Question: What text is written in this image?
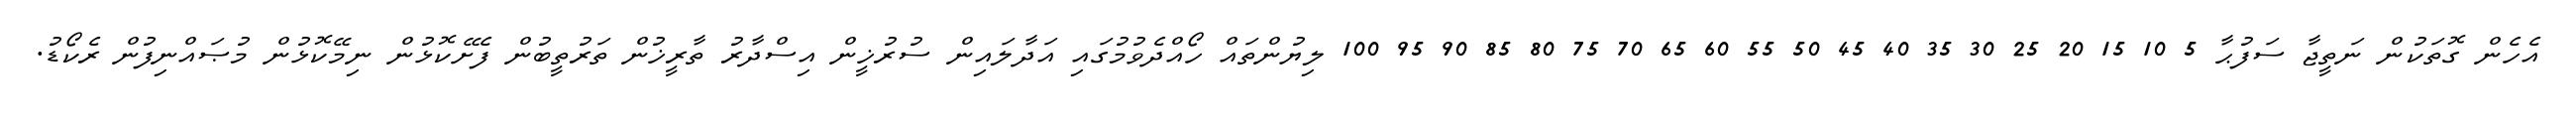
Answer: އެހެން ގޮތަކުން ނަތީޖާ ސަފުޙާ 5 10 15 20 25 30 35 40 45 50 55 60 65 70 75 80 85 90 95 100 ލިޔުންތައް ހޯއްދެވުމުގައި އަދާލައިން ސުރުޚީން އިސްދާރު ތާރީޚުން ތަރުތީބުން ފެށޭކޮޅުން ނިމޭކޮޅުން މުޞައްނިފުން ރެކޯޑު.